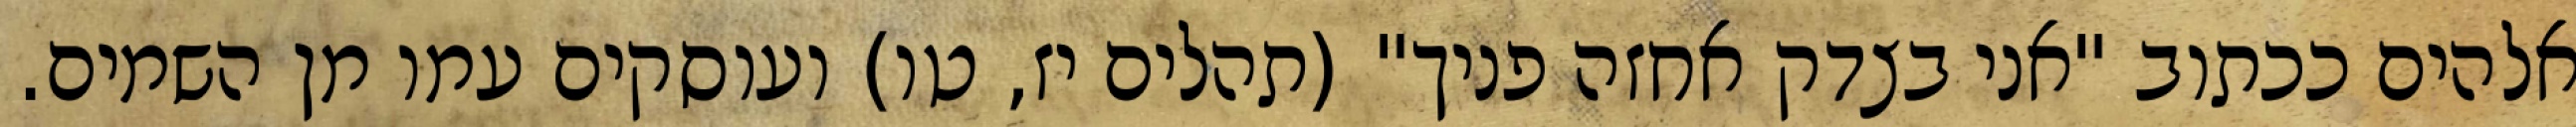
אלהים ככתוב "אני בצדק אחזה פניך" (תהלים יז, טו) ועוסקים עמו מן השמים.